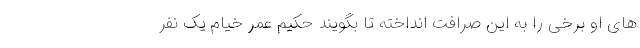
های او برخی را به این صرافت انداخته تا بگویند حکیم عمر خیام یک نفر